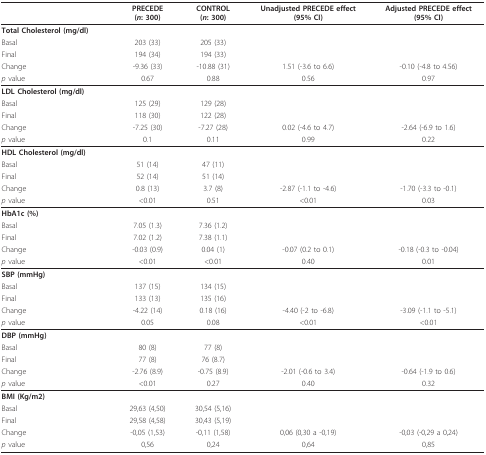
<table><thead><tr><td></td><td><b>PRECEDE(<i>n</i>: 300)</b></td><td><b>CONTROL(<i>n</i>: 300)</b></td><td><b>Unadjusted PRECEDE effect(95% CI)</b></td><td><b>Adjusted PRECEDE effect(95% CI)</b></td></tr></thead><tbody><tr><td><b>Total Cholesterol (mg/dl)</b></td><td></td><td></td><td></td><td></td></tr><tr><td>Basal</td><td>203 (33)</td><td>205 (33)</td><td></td><td></td></tr><tr><td>Final</td><td>194 (34)</td><td>194 (33)</td><td></td><td></td></tr><tr><td>Change</td><td>-9.36 (33)</td><td>-10.88 (31)</td><td>1.51 (-3.6 to 6.6)</td><td>-0.10 (-4.8 to 4.56)</td></tr><tr><td><i>p </i>value</td><td>0.67</td><td>0.88</td><td>0.56</td><td>0.97</td></tr><tr><td><b>LDL Cholesterol (mg/dl) </b></td><td></td><td></td><td></td><td></td></tr><tr><td>Basal</td><td>125 (29)</td><td>129 (28)</td><td></td><td></td></tr><tr><td>Final</td><td>118 (30)</td><td>122 (28)</td><td></td><td></td></tr><tr><td>Change</td><td>-7.25 (30)</td><td>-7.27 (28)</td><td>0.02 (-4.6 to 4.7)</td><td>-2.64 (-6.9 to 1.6)</td></tr><tr><td><i>p </i>value</td><td>0.1</td><td>0.11</td><td>0.99</td><td>0.22</td></tr><tr><td><b>HDL Cholesterol (mg/dl) </b></td><td></td><td></td><td></td><td></td></tr><tr><td>Basal</td><td>51 (14)</td><td>47 (11)</td><td></td><td></td></tr><tr><td>Final</td><td>52 (14)</td><td>51 (14)</td><td></td><td></td></tr><tr><td>Change</td><td>0.8 (13)</td><td>3.7 (8)</td><td>-2.87 (-1.1 to -4.6)</td><td>-1.70 (-3.3 to -0.1)</td></tr><tr><td><i>p </i>value</td><td>&lt;0.01</td><td>0.51</td><td>&lt;0.01</td><td>0.03</td></tr><tr><td><b>HbA1c (%)</b></td><td></td><td></td><td></td><td></td></tr><tr><td>Basal</td><td>7.05 (1.3)</td><td>7.36 (1.2)</td><td></td><td></td></tr><tr><td>Final</td><td>7.02 (1.2)</td><td>7.38 (1.1)</td><td></td><td></td></tr><tr><td>Change</td><td>-0.03 (0.9)</td><td>0.04 (1)</td><td>-0.07 (0.2 to 0.1)</td><td>-0.18 (-0.3 to -0.04)</td></tr><tr><td><i>p </i>value</td><td>&lt;0.01</td><td>&lt;0.01</td><td>0.40</td><td>0.01</td></tr><tr><td><b>SBP (mmHg)</b></td><td></td><td></td><td></td><td></td></tr><tr><td>Basal</td><td>137 (15)</td><td>134 (15)</td><td></td><td></td></tr><tr><td>Final</td><td>133 (13)</td><td>135 (16)</td><td></td><td></td></tr><tr><td>Change</td><td>-4.22 (14)</td><td>0.18 (16)</td><td>-4.40 (-2 to -6.8)</td><td>-3.09 (-1.1 to -5.1)</td></tr><tr><td><i>p </i>value</td><td>0.05</td><td>0.08</td><td>&lt;0.01</td><td>&lt;0.01</td></tr><tr><td><b>DBP (mmHg)</b></td><td></td><td></td><td></td><td></td></tr><tr><td>Basal</td><td>80 (8)</td><td>77 (8)</td><td></td><td></td></tr><tr><td>Final</td><td>77 (8)</td><td>76 (8.7)</td><td></td><td></td></tr><tr><td>Change</td><td>-2.76 (8.9)</td><td>-0.75 (8.9)</td><td>-2.01 (-0.6 to 3.4)</td><td>-0.64 (-1.9 to 0.6)</td></tr><tr><td><i>p </i>value</td><td>&lt;0.01</td><td>0.27</td><td>0.40</td><td>0.32</td></tr><tr><td><b>BMI (Kg/m2)</b></td><td></td><td></td><td></td><td></td></tr><tr><td>Basal</td><td>29,63 (4,50)</td><td>30,54 (5,16)</td><td></td><td></td></tr><tr><td>Final</td><td>29,58 (4,58)</td><td>30,43 (5,19)</td><td></td><td></td></tr><tr><td>Change</td><td>-0,05 (1,53)</td><td>-0,11 (1,58)</td><td>0,06 (0,30 a -0,19)</td><td>-0,03 (-0,29 a 0,24)</td></tr><tr><td><i>p </i>value</td><td>0,56</td><td>0,24</td><td>0,64</td><td>0,85</td></tr></tbody></table>